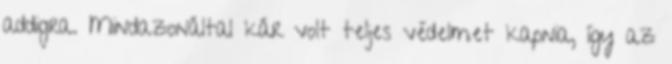
addigra. Mindazonáltal kár volt teljes védelmet kapnia, így az